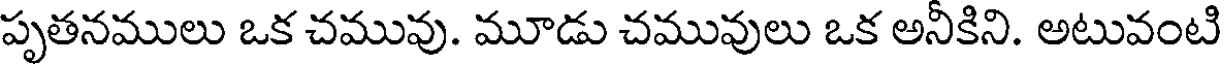
పృతనములు ఒక చమువు. మూడు చమువులు ఒక అనీకిని. అటువంటి